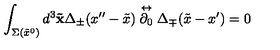
\int _ { \Sigma ( \tilde { x } ^ { 0 } ) } d ^ { 3 } { \bf \tilde { x } } \Delta _ { \pm } ( x ^ { \prime \prime } - \tilde { x } ) \stackrel { \leftrightarrow } { \partial _ { 0 } } \Delta _ { \mp } ( \tilde { x } - x ^ { \prime } ) = 0